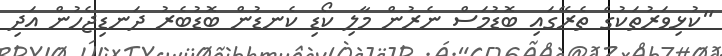
"ކުޅިވަރުތަކުގެ ތެރޭގައި ބޮޑުމަސް ނެރުން މާލި ކޯޑި ކެނޑުން ބޮޑުބެރު ދަނޑިޖެހުން އަދި